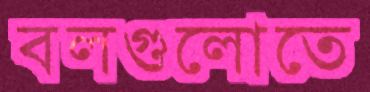
বলগুলোতে